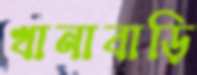
খানাবাড়ি